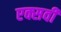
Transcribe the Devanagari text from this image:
एक्सवी